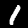
Label: 1